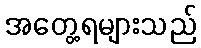
အတွေ့ရများသည်